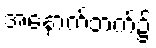
အနောက်ဘက်၌